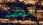
منفضة